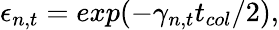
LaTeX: \epsilon_{n,t}=exp(-\gamma_{n,t}t_{col}/2),